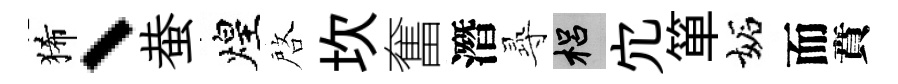
狶、蛬煌啓坎奮潛𡬶梠宂箪妬而賁